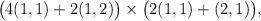
LaTeX: \begin{align*}\big( 4(1,1) + 2(1,2) \big) \times \big( 2 (1,1) + (2,1) \big),\end{align*}